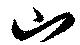
山